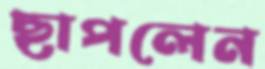
ছাপলেন